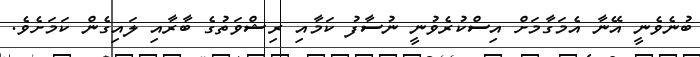
ބުނެވެނީ އޭނާ އެމަގާމަށް އިސްކުރެވުނީ ނުސާފު ކަމާއި ރިޝްވަތުގެ ބާރާއި ލައިގެން ކަމަށެވެ.